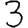
Digit: 3